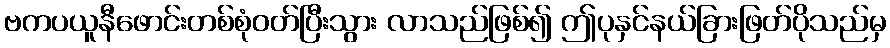
ဗကပယူနီဖောင်းတစ်စုံဝတ်ပြီးသွား လာသည်ဖြစ်၍ ဤပုနှင်နယ်ခြားဖြတ်ပိုသည်မှ